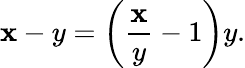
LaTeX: \mathbf{x}-y=\left({\frac{{\mathbf{x}}}{{y}}}-1\right)y.